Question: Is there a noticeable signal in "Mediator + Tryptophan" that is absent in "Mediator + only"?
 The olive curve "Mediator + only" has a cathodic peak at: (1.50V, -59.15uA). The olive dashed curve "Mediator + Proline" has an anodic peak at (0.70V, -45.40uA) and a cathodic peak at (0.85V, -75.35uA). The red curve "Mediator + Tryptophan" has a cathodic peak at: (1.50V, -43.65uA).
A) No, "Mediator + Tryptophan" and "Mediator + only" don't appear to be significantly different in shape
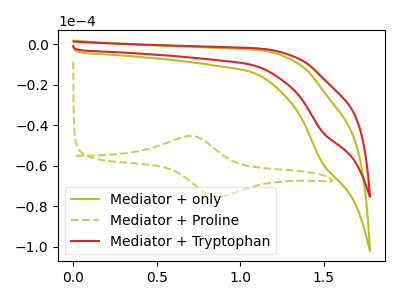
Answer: <think>All the peaks in "Mediator + Tryptophan" have a peak in "Mediator + only" at the same potential. Every peak in "Mediator + Tryptophan" is lower than every peak in "Mediator + only".
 </think>
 <answer>A) No, "Mediator + Tryptophan" and "Mediator + only" don't appear to be significantly different in shape</answer>
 <eval>A</eval>